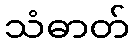
သံဓာတ်